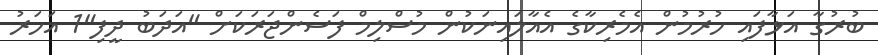
ބުރުގާ އަޅާފައި ހުރުމުން އެމެރިކާގެ އެއާލައިނަކުން މުސްލިމް ފަސެންޖަރަކަށް "އަދަބު ދީފި"1 އަހަރު